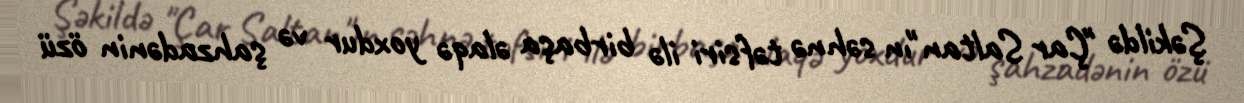
Şəkildə "Çar Saltan"ın səhnə təfsiri ilə birbaşa əlaqə yoxdur və şahzadənin özü